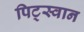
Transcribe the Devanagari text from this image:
पिट्स्वान